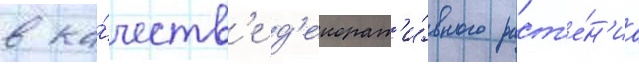
в ка́честв'е д'екорат'и́вного раст'е́н'иа